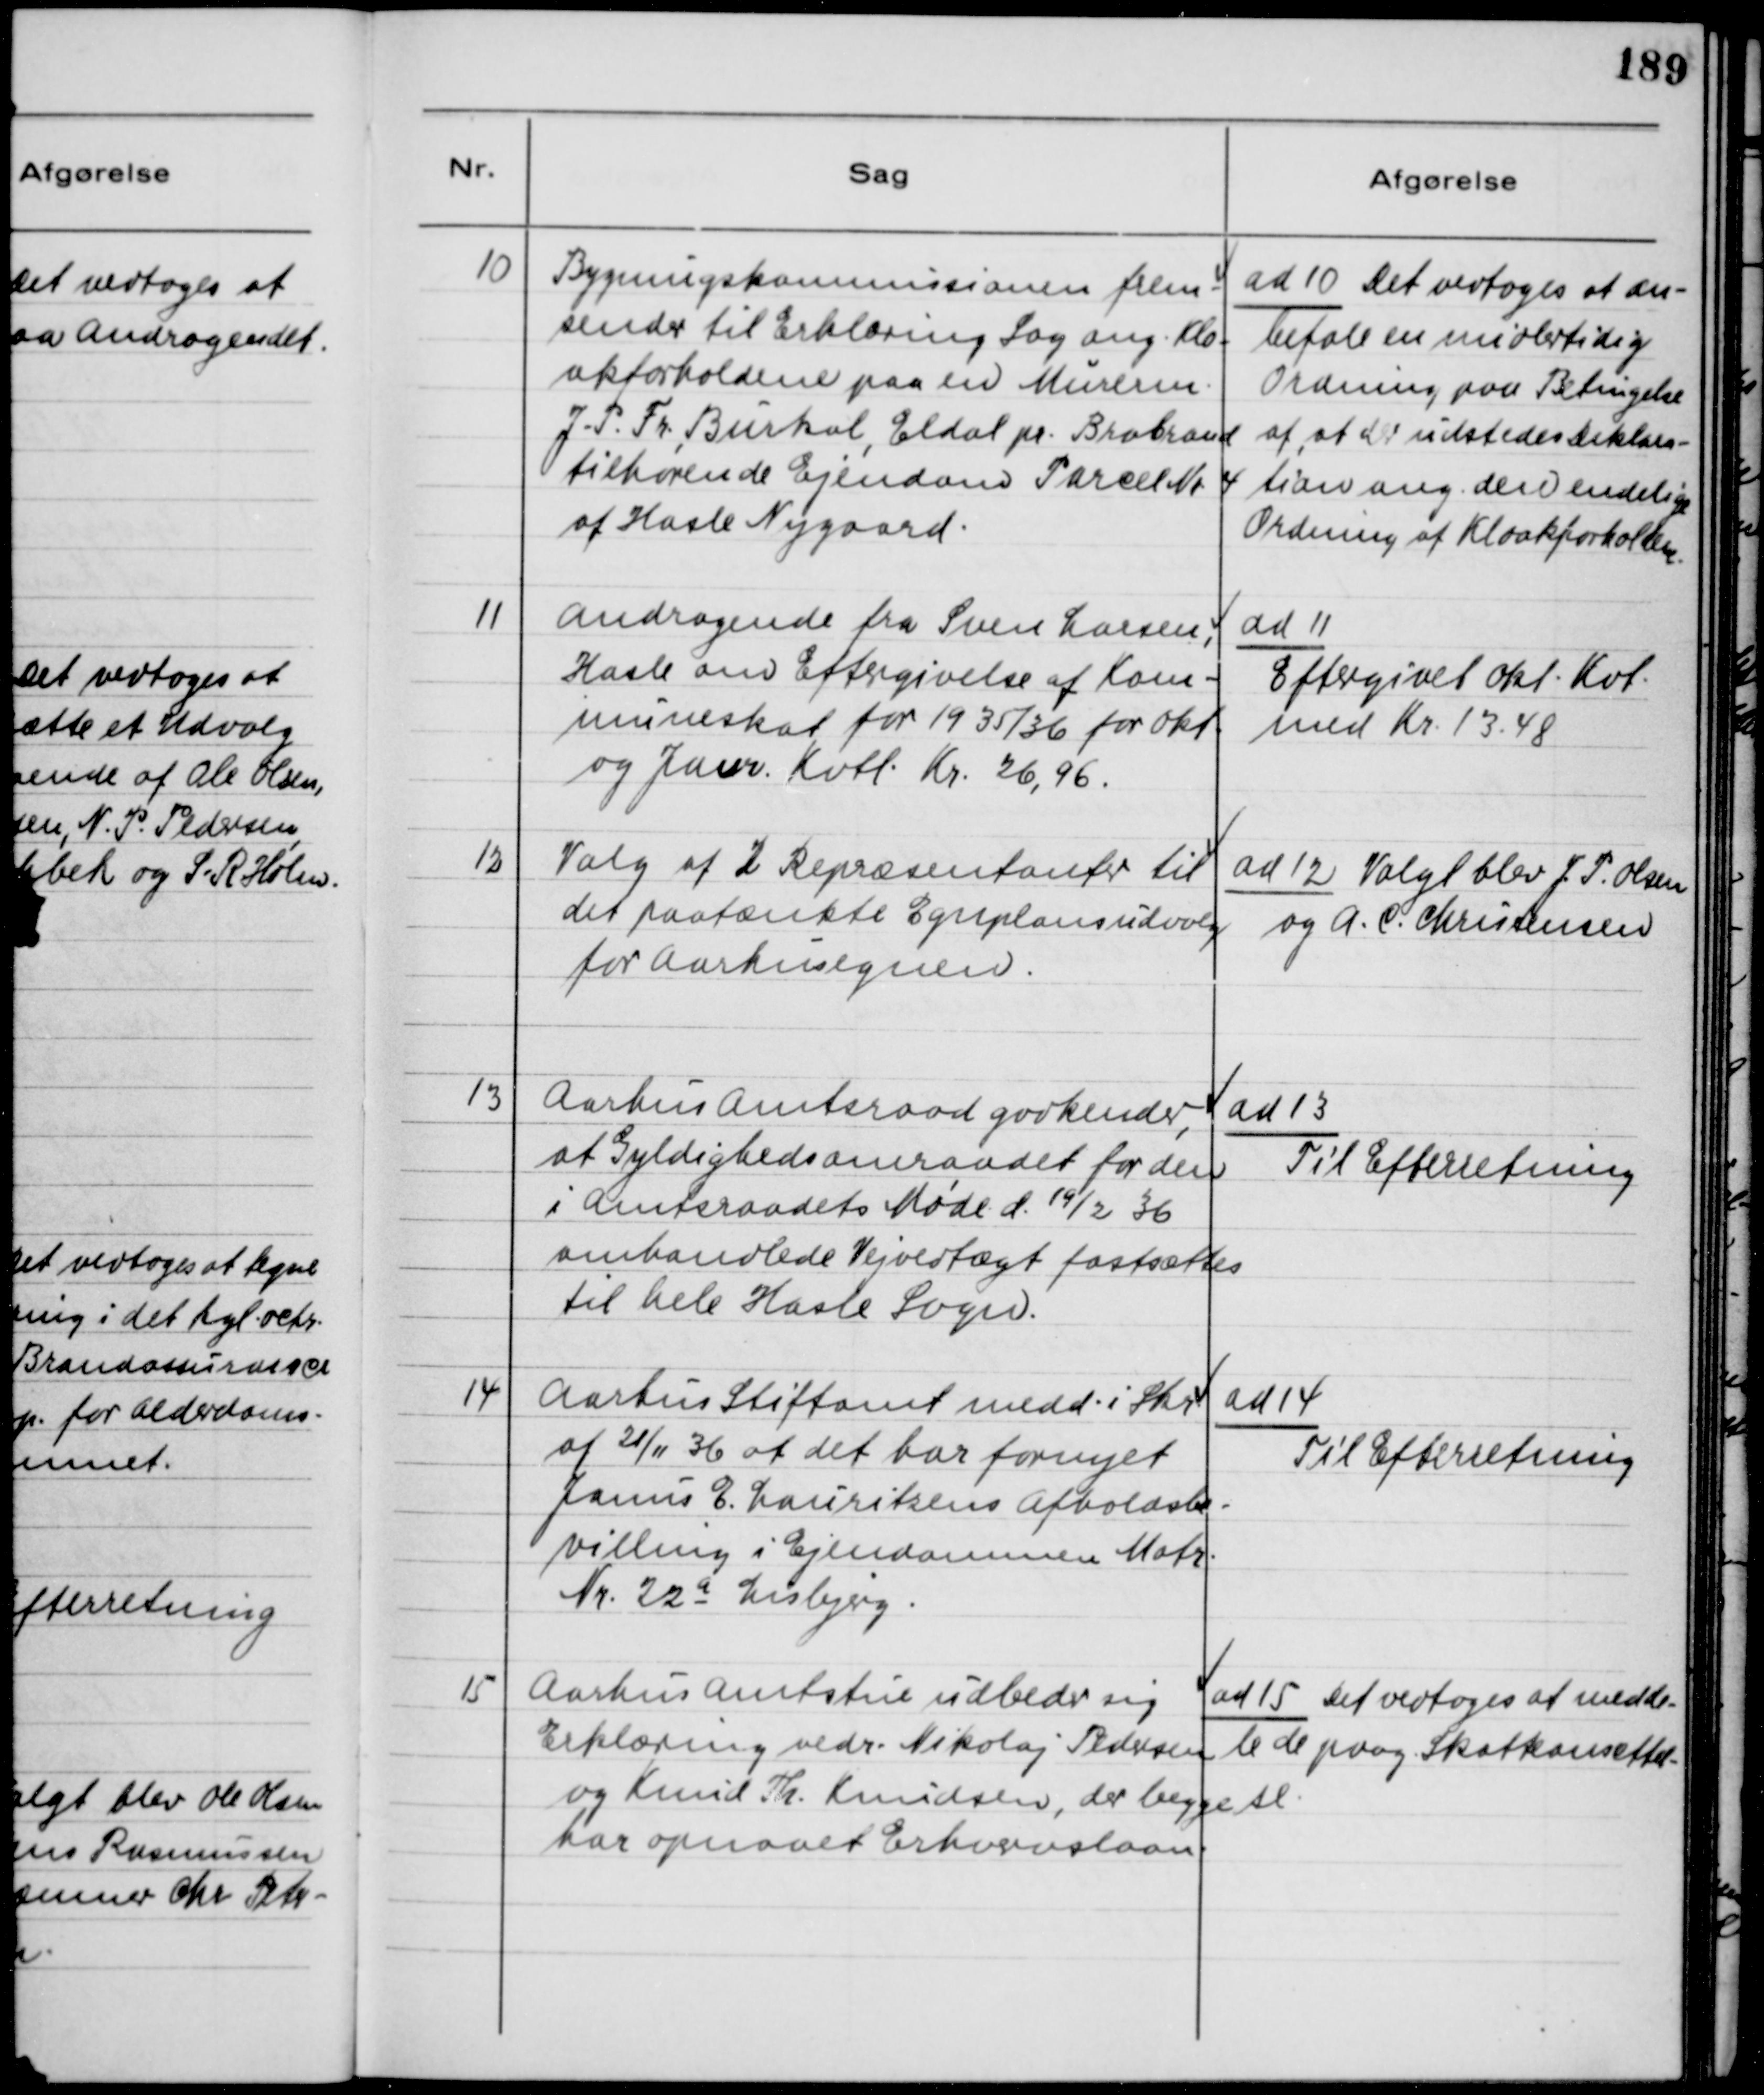
Transskription:
10
Bygningskommissionen frem-
sender til Erklæring Sag ang. Klo-
akforholdene paa en Murerm.
J.P.Fr. Burkal, Eldal pr. Brabrand
tilhørende Ejendom Parcel Nr. 4
af Hasle Nygaard.
ad 10 Det vedtoges at an-
befale en midlertidig
Ordning paa Betingelse
af at der udstedes Deklara-
tion ang. den endelige
Ordning af Kloakforholdene.
11
Andragende fra Sven Larsen,
Hasle om Eftergivelse af Kom-
muneskat for 1935/36 for Okt.
og Janr. Kvtl. Kr. 26,96.
ad 11
Eftergivet okt. Kvt.
med Kr. 13,48
12
Valg af 2 Repræsentanter til
det paatænkte Egnplansudvalg
for Aarhusegnen.
ad 12 Valgt blev J.P. Olsen
og A.C. Christensen
13
Aarhus Amtsraad godkender,
at Gyldighedsamraadet for den
i Amtsraadets Møde d. 19/2 36
omhandlede Vejvedtægt fastsættes
til hele Hasle Sogn.
ad 13
Til Efterretning
14
Aarhus Stiftamt medd. i Skr.
af 21/11 36 at det har fornyet
Janus E. Lauritzens Afholdsbe-
villing i Ejendommen Matr.
Nr. 22 a Lisbjerg.
ad 14
Til Efterretning
15
Aarhus Amtstue udbeder sig
Erklæring vedr. Nikolaj Pedersen
og Knud Th. Knudsen, der begge
har opnaaet Erhvervslaan.
ad 15 Det vedtoges at medde-
le de paag. Skatteansættel-
se.